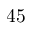
4 5